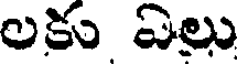
లకు ఏలు